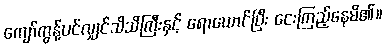
ကျော်ကွန့်ပင်လျှင်သိသိကြီးနှင့် ရောယောင်ပြီး ငေးကြည့်နေမိ၏။